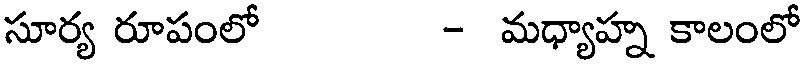
సూర్య రూపంలో - మధ్యాహ్న కాలంలో